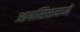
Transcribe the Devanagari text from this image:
आयसिसमध्ये